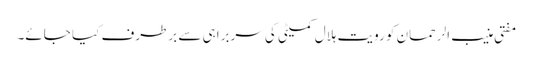
مفتی منیب الرحمان کو رویت ہلال کمیٹی کی سربراہی سے برطرف کیا جائے۔